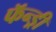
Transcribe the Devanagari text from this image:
फॅन्ड्री